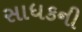
સાધકની